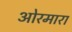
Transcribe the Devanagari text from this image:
ओरमारा